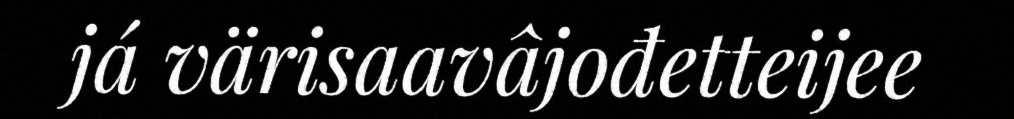
já värisaavâjođetteijee